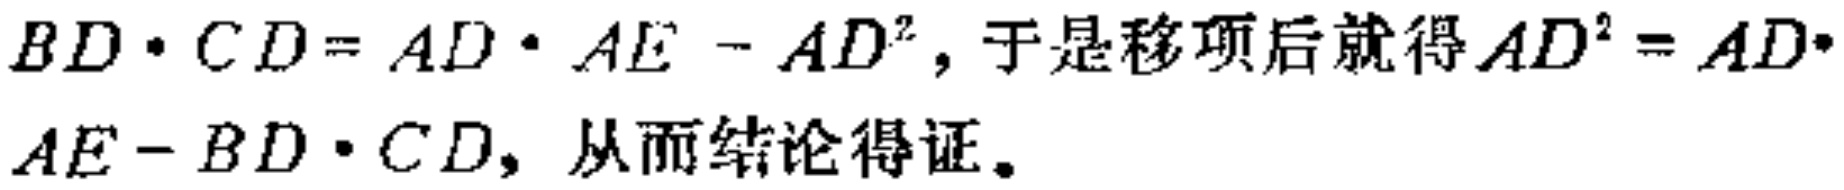
$BD\cdot CD = AD\cdot AE - AD^{2}$，于是移项后就得$AD^{2} = AD\cdot AE - BD\cdot CD$，从而结论得证。